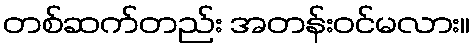
တစ်ဆက်တည်း အတန်းဝင်မလား။